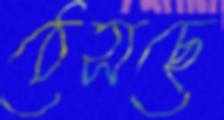
ঠেসছে